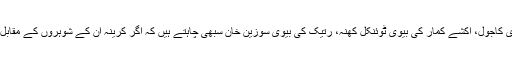
شاہ رخ کی بیوی گوری خان، اجے دیوگن کی بیوی کاجول، اکشے کمار کی بیوی ٹوئنکل کھنہ، رتیک کی بیوی سوزین خان سبھی چاہتے ہیں کہ اگر کرینہ ان کے شوہروں کے مقابل ہیروئین بنتی ہیں تو انہیں کوئی اعتراض نہیں ہے۔